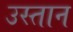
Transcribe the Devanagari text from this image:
उस्तान